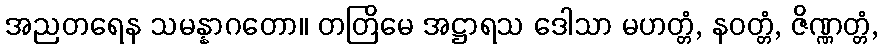
အညတရေန သမန္နာဂတော။ တတြိမေ အဋ္ဌာရသ ဒေါသာ မဟတ္တံ, နဝတ္တံ, ဇိဏ္ဏတ္တံ,